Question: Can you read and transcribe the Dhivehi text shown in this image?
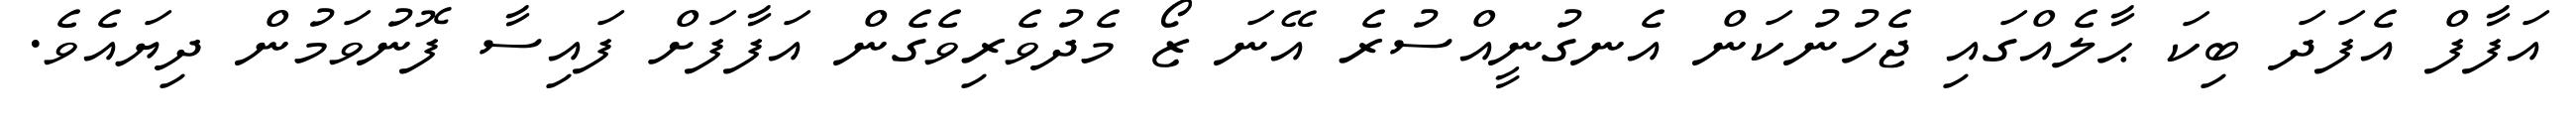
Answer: އަފާފް އެފަދަ ބިކަ ޙާލެއްގައި ޖެހުނުކަން އެނގުނީއްސުރެ އޭނަ ޒޯ މެދުވެރިވެގެން އަފާފަށް ފައިސާ ފޮނުވަމުން ދިޔައެވެ.